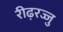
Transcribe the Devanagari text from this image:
रीढ़रज्जु